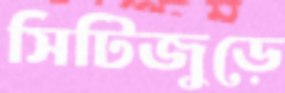
সিটিজুড়ে